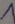
Text: 1